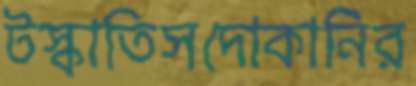
টস্‌কাতিসদোকানির